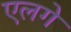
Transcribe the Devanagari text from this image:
एलगे